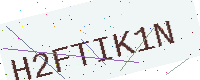
Text: H2FTIK1N